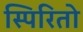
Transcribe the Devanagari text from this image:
स्पिरितो